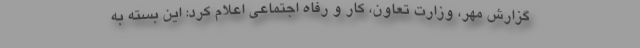
گزارش مهر، وزارت تعاون، کار و رفاه اجتماعی اعلام کرد: این بسته به